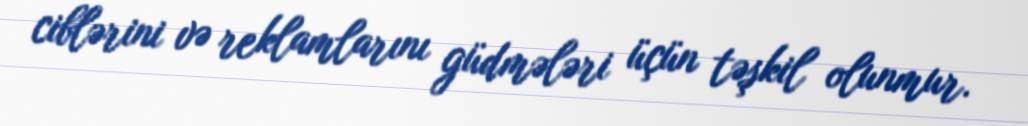
ciblərini və reklamlarını güdmələri üçün təşkil olunmur.